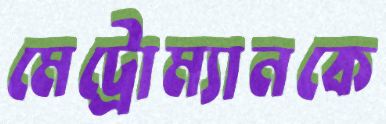
মেট্রোম্যানকে